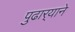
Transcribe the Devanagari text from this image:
पुढार्‍याने